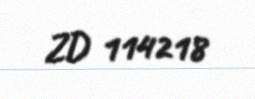
ZD 114218